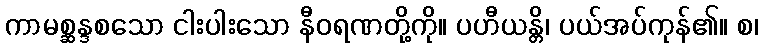
ကာမစ္ဆန္ဒစသော ငါးပါးသော နီဝရဏတို့ကို။ ပဟီယန္တိ၊ ပယ်အပ်ကုန်၏။ စ၊